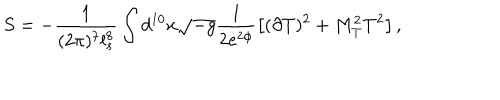
S = - \frac { 1 } { ( 2 \pi ) ^ { 7 } l _ { s } ^ { 8 } } \int d ^ { 1 0 } x \sqrt { - g } \frac { 1 } { 2 e ^ { 2 \phi } } \left[ ( \partial T ) ^ { 2 } + M _ { T } ^ { 2 } T ^ { 2 } \right] ,